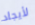
لأيجاد